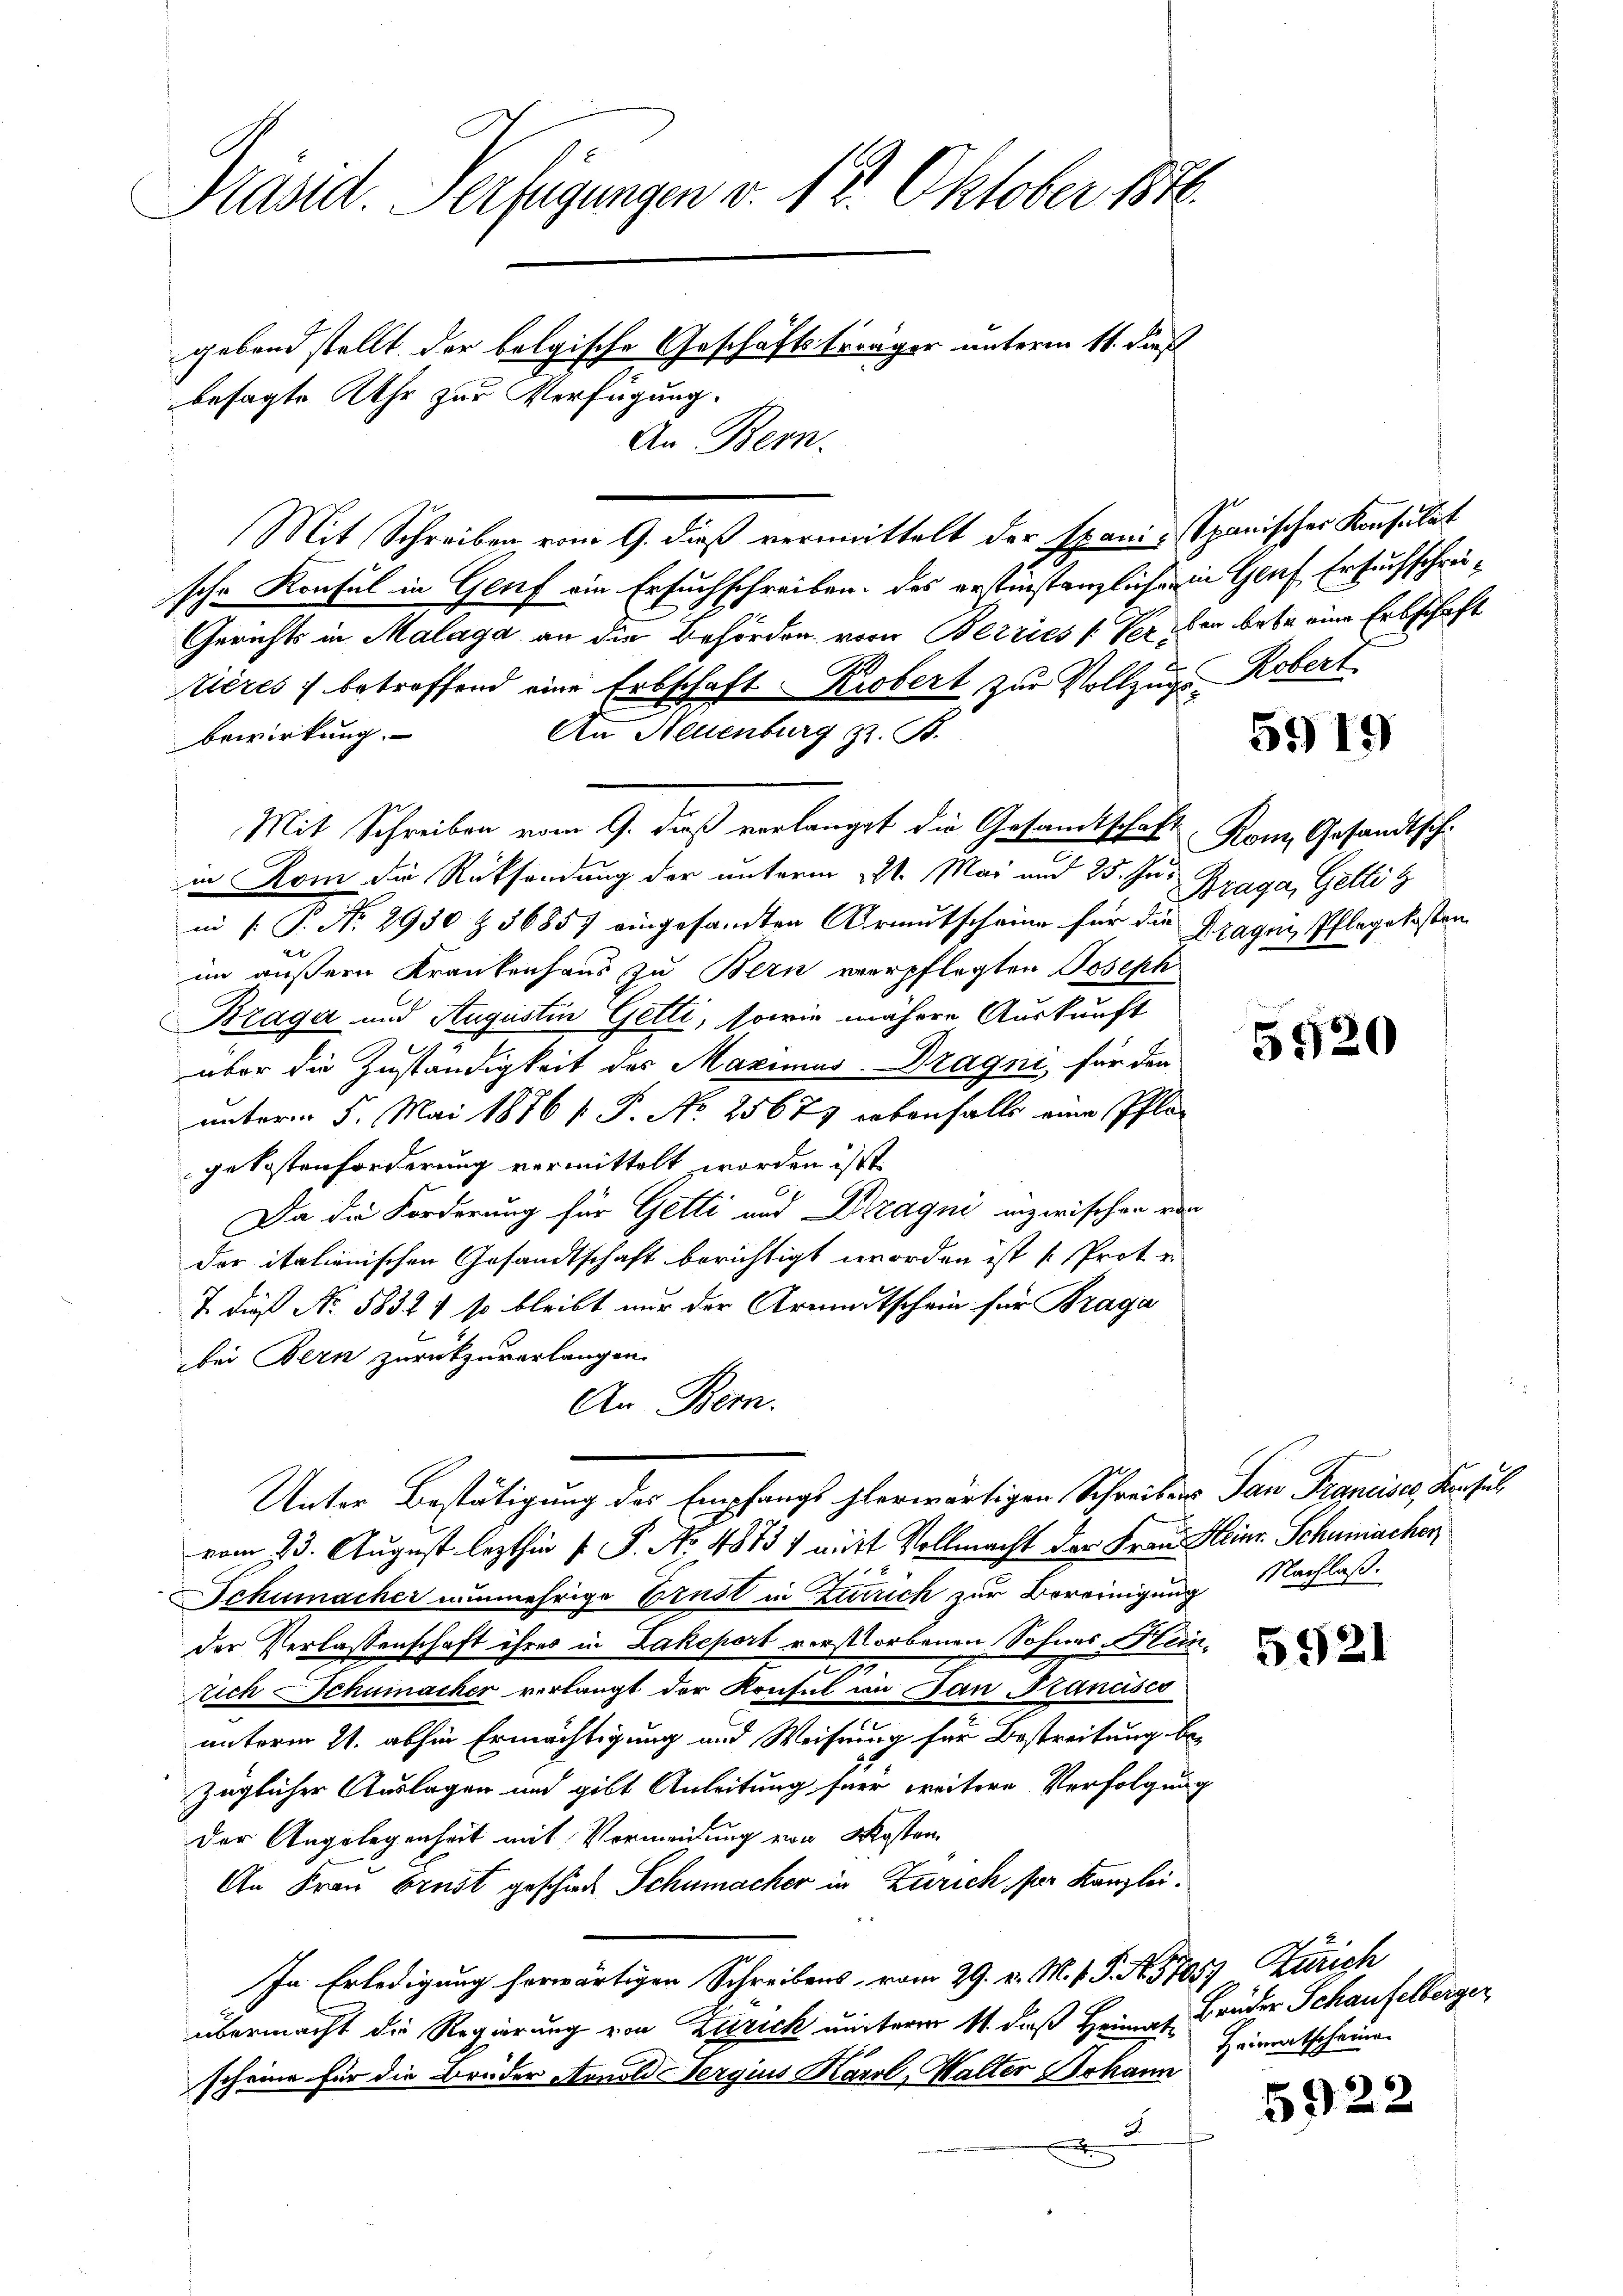
Präsid. Verfügungen v. 12. Oktober 1816.
gebend stellt der belgische Geschäftsträger unterm 11. dies
besagte Kehr zur Verfügung.
An Bern.

Mit Schreiben vom 9. dieß vermittelt der Spanis Spanischer Konsulat
sche Konsul in Genf ein Ersuchschreiben, des erstinstanzliche in Genf Ersuchschrei¬
Gerichts in Malaga an die Behörden vom Berries Verben betr. eine Erbschaft
tières betreffend eine Erbschaft Krobert zur Vollzug Robert
An Neuenburg z. B.
bewirkung.
Mit Schreiben vom 9. dieß verlanget die Gesandtschaft Kon, Gesandtschin Rom die Rücksendung der unterm 29. Mai und 25. Juin (T. No. 2930 Z. 36857 eingesandten Armutscheine für die Fragen, Pflegekosten
im äußern Krankenhaus zu Bern verpflegten Joseph
Braga und Augustin Getti, sowie mehrere Auskunft
über die Zuständigkeit des Maximus-Dragni, für den
unterm 5. Mai 1876 [ P. No 25679 erbenfalls eine Pflan
gekostenforderung vermittelt worden ist
Da die Forderung für Getti und Dragni inzwischen von
der italienischen Gesandtschaft berichtigt worden ist Prote
7 dieß No 5832) so bleibt nur der Armentschein für Braga
bei Bern zurückzuverlangen.
An Bern.
Unter Bestätigung des Empfangs herwärtigen Schreibens San Francises, Konsul
vom 23. August lezthin s P. No. 48737 mit Vollmacht der Frau Heinr. Schumacher
Schumacher nunmehrige Ernst in Zutrich zur Bereinigung
der Verlassenschaft ihres in Zakeport verstorbenen Sohnes Heinrich Schumacher verlangt der Konsul in dan Francisco
unterm 21. abhin Ermächtigung und Weisung für Bestreitung bezüglicher Auslagen und gibt Anleitung für weitere Verfolgung
Der Angelegenheit mit Vermeinung von Kosten
An Frau Brust geschied Schumacher in Zürich, für Kanzlei.
In Erledigung herwärtigen Schreibens vom 29. v. M. v. P. Nr. 57057 Zürich
übermacht die Regierung von Zürich unterm 11. daß Heimat
scheine für die Brüder Arnold Sergius Karol, Walter Johann
F

53) 19

Braga, Geltig

5920

Nachlaß.

5921

Bruder Schaufelberger
Heimatscheine

5922